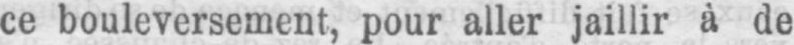
ce bouleversement, pour aller jaillir à de